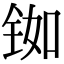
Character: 铷